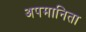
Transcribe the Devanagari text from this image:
अपमानिता